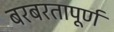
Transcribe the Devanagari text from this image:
बरबरतापूर्ण